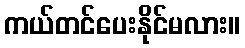
ကယ်တင်ပေးနိုင်မလား။